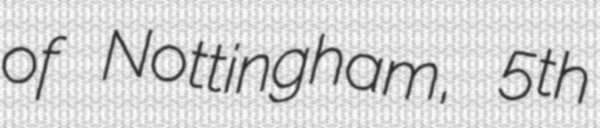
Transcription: of Nottingham, 5th